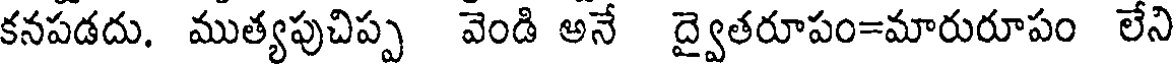
కనపడదు. ముత్యపుచిప్ప వెండి అనే ద్వైతరూపం=మారురూపం లేని